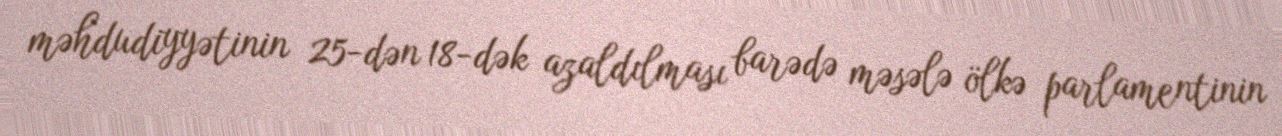
məhdudiyyətinin 25-dən 18-dək azaldılması barədə məsələ ölkə parlamentinin